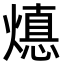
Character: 𭶁